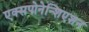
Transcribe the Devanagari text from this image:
एक्सपोनेन्शिएशन